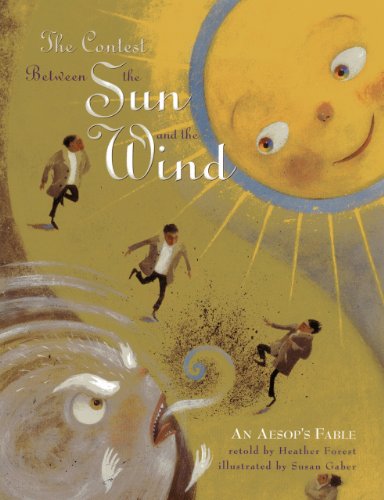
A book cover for The Contest Between the Sun and the Wind: An Aesop's Fable; Heather Forest; Children's Books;